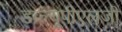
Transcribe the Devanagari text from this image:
डब्ल्यूपीएलजी